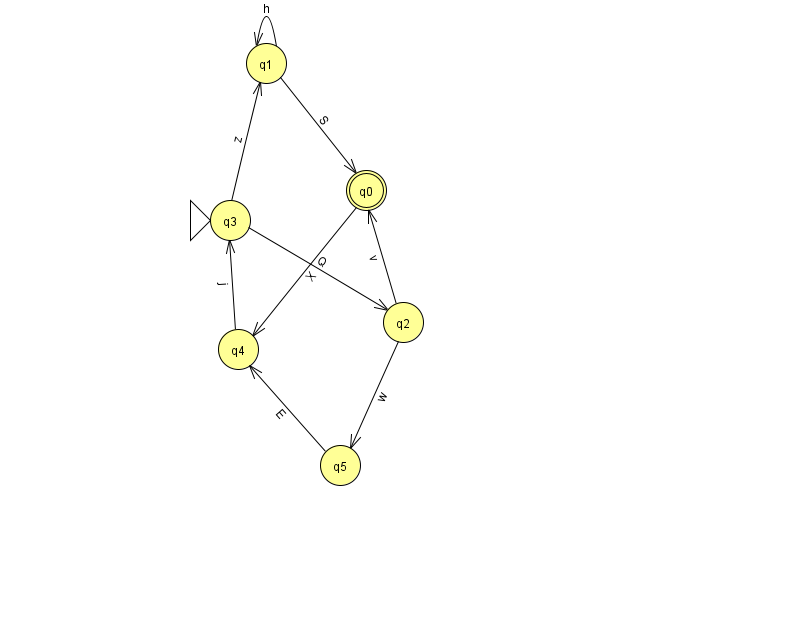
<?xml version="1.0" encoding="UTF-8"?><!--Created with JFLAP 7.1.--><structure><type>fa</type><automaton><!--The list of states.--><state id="0" name="q0"><x>366.0</x><y>177.0</y><final/></state><state id="1" name="q1"><x>266.0</x><y>50.0</y></state><state id="2" name="q2"><x>403.0</x><y>309.0</y></state><state id="3" name="q3"><x>230.0</x><y>207.0</y><initial/></state><state id="4" name="q4"><x>238.0</x><y>336.0</y></state><state id="5" name="q5"><x>340.0</x><y>452.0</y></state><!--The list of transitions.--><transition><from>2</from><to>0</to><read>v</read></transition><transition><from>3</from><to>1</to><read>z</read></transition><transition><from>3</from><to>2</to><read>Q</read></transition><transition><from>1</from><to>1</to><read>h</read></transition><transition><from>2</from><to>5</to><read>w</read></transition><transition><from>5</from><to>4</to><read>E</read></transition><transition><from>4</from><to>3</to><read>j</read></transition><transition><from>0</from><to>4</to><read>X</read></transition><transition><from>1</from><to>0</to><read>S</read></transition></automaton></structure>